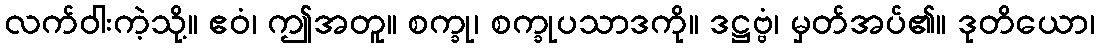
လက်ဝါးကဲ့သို့။ ဧဝံ၊ ဤအတူ။ စက္ခု၊ စက္ခုပသာဒကို။ ဒဋ္ဌဗ္ဗံ၊ မှတ်အပ်၏။ ဒုတိယော၊